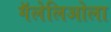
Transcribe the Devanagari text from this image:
गॅलेलिओला